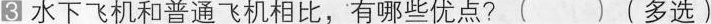
3水下飞机和普通飞机相比，有哪些优点?()(多选)